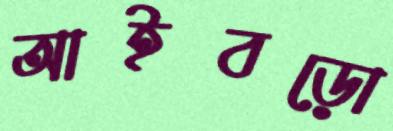
আইবড়ো